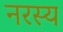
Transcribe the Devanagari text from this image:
नरस्य